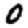
Digit: 0